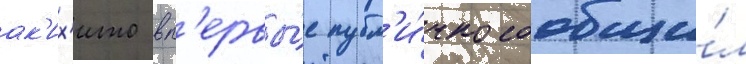
ак'их'ито вп'ервы́е публ'и́чно сообщи́л